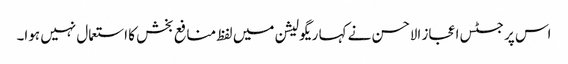
اس پر جسٹس اعجاز الاحسن نے کہا ریگولیشن میں لفظ منافع بخش کا استعمال نہیں ہوا۔